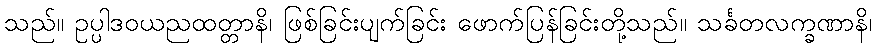
သည်။ ဥပ္ပါဒဝယညထတ္တာနိ၊ ဖြစ်ခြင်းပျက်ခြင်း ဖောက်ပြန်ခြင်းတို့သည်။ သင်္ခတလက္ခဏာနိ၊